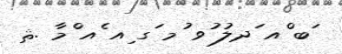
ަބ ްއ ަދލު ުވ ުމ ަގ ިއ ެއ ްމާ .ޘ